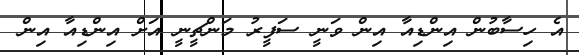
އެ ހިސާބުން އިންޑިއާ އިން ވަނީ ސަފީރު މަންޗީނީ އަށް އިންޑިއާ އިން